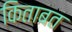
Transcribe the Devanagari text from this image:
किताबत